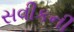
સવીકની